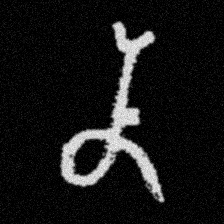
Pyu character \u2014 Myanmar letter: န (romanized: na)